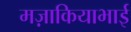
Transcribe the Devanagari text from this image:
मज़ाकियाभाई